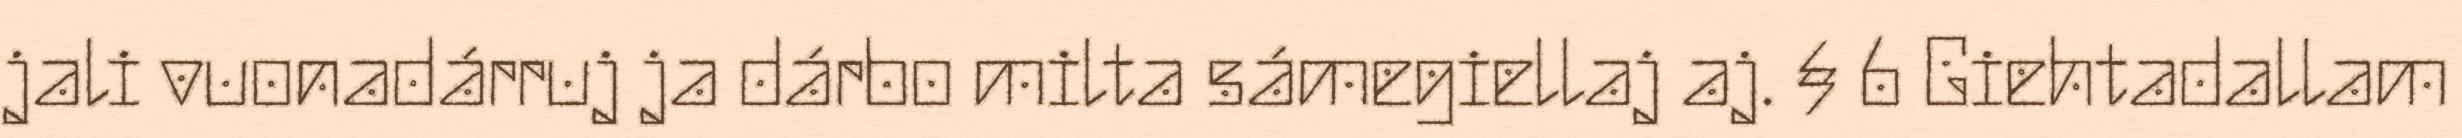
jali vuonadárruj ja dárbo milta sámegiellaj aj. § 6 Giehtadallam